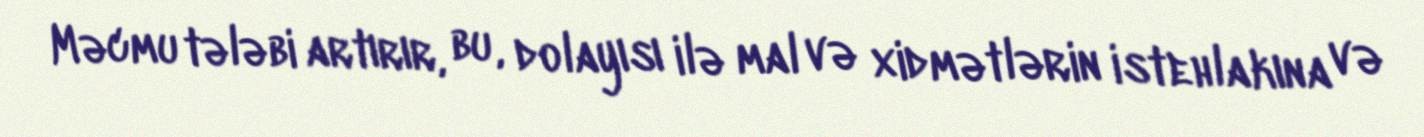
Məcmu tələbi artırır, bu, dolayısı ilə mal və xidmətlərin istehlakına və